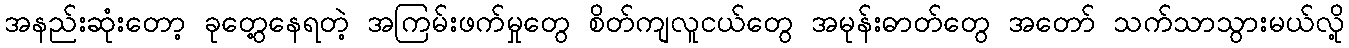
အနည်းဆုံးတော့ ခုတွေ့နေရတဲ့ အကြမ်းဖက်မှုတွေ စိတ်ကျလူငယ်တွေ အမုန်းဓာတ်တွေ အတော် သက်သာသွားမယ်လို့